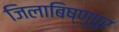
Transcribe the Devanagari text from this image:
जिलाबिष्णुपुर